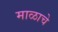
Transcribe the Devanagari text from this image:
माळाचे